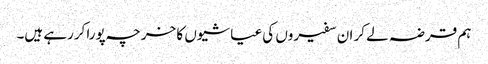
ہم قرضہ لے کر ان سفیروں کی عیاشیوں کا خرچہ پورا کررہے ہیں۔